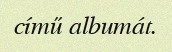
című albumát.